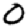
Digit: 0